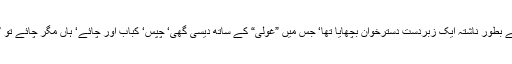
جلال صاحب نے بطور ناشتہ ایک زبردست دسترخوان بچھایا تھا‘ جس میں ”غولی“ کے ساتھ دیسی گھی‘ چپس‘ کباب اور چائے‘ ہاں مگر چائے تو ”بہت پتلی“ تھی۔